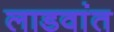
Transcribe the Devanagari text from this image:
लाडवांत